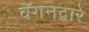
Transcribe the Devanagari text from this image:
वॅगनद्वारे